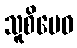
သူစိမေဝ